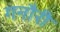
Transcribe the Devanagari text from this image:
गनौरी